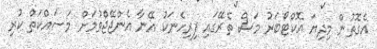
އެގޮތުން މިދިޔަ އޮކްޓޯބަރު މަސް ތެރޭގައި ފިރިހެނަކު އޭނާ އެންޖޭޖްވުމަށް މަސައްކަތް ކުރި